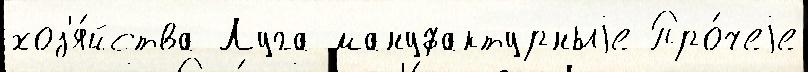
хоз'я́йства Луга мануфактурныjе Про́чеjе